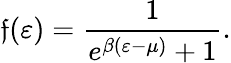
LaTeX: \mathfrak{f}(\varepsilon)=\frac{{1}}{{e^{\beta(\varepsilon-\mu)}+1}}.